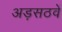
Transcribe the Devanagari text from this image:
अड़सठवें